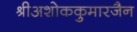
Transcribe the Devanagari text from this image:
श्रीअशोककुमारजैन